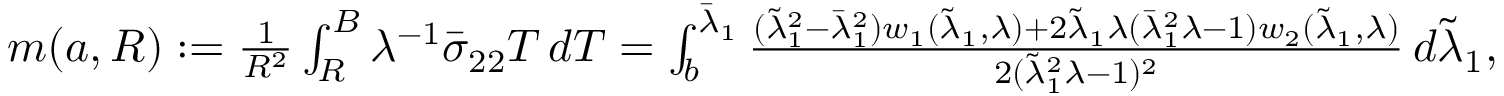
\begin{array} { r } { m ( { a } , R ) : = \frac { 1 } { R ^ { 2 } } \int _ { R } ^ { B } \lambda ^ { - 1 } \bar { \sigma } _ { 2 2 } T \, d T = \int _ { { b } } ^ { \bar { \lambda } _ { 1 } } \frac { ( \tilde { \lambda } _ { 1 } ^ { 2 } - \bar { \lambda } _ { 1 } ^ { 2 } ) w _ { 1 } ( \tilde { \lambda } _ { 1 } , \lambda ) + 2 \tilde { \lambda } _ { 1 } \lambda ( \bar { \lambda } _ { 1 } ^ { 2 } \lambda - 1 ) w _ { 2 } ( \tilde { \lambda } _ { 1 } , \lambda ) } { 2 ( \tilde { \lambda } _ { 1 } ^ { 2 } \lambda - 1 ) ^ { 2 } } \, d \tilde { \lambda } _ { 1 } , } \end{array}